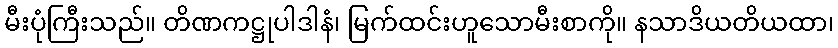
မီးပုံကြီးသည်။ တိဏကဋ္ဌုပါဒါနံ၊ မြက်ထင်းဟူသောမီးစာကို။ နသာဒိယတိယထာ၊